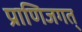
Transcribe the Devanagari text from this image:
प्राणिजगत्